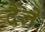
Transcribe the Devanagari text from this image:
दैंने